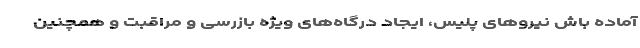
آماده باش نیروهای پلیس، ایجاد درگاه‌های ویژه بازرسی و مراقبت و همچنین